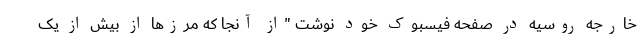
خارجه روسیه در صفحه فیسبوک خود نوشت "از آنجا که مرزها از بیش از یک